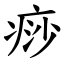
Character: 痧